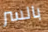
بالسر